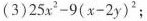
(3)$$25x^{2}-9(x-2)^{2}$$;